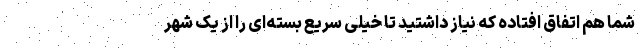
شما هم اتفاق افتاده که نیاز داشتید تا خیلی سریع بسته‌ای را از یک شهر